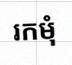
រកមុំ